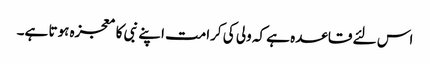
اس لئے قاعدہ ہے کہ ولی کی کرامت اپنے نبی کا معجزہ ہوتا ہے۔